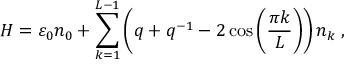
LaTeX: H = \varepsilon _ { 0 } n _ { 0 } + \sum _ { k = 1 } ^ { L - 1 } \left( q + q ^ { - 1 } - 2 \cos \left( \frac { \pi k } { L } \right) \right) n _ { k } \; ,